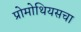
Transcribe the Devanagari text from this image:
प्रोमोथियसचा